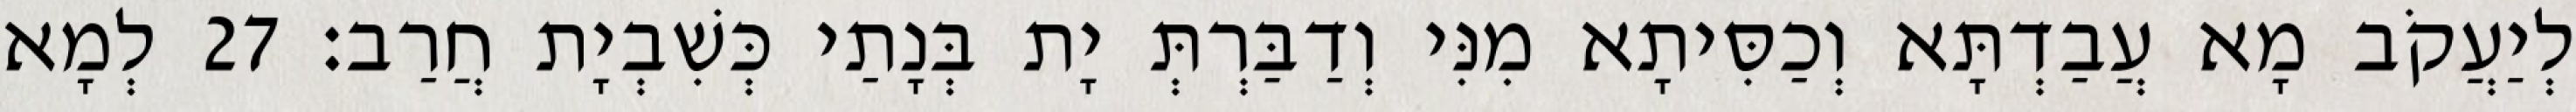
לְיַעֲקֹב מָא עֲבַדְתָּא וְכַסִּיתָא מִנִּי וְדַבַּרְתְּ יָת בְּנָתַי כְּשִׁבְיָת חֲרַב׃ 27 לְמָא